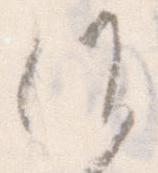
候